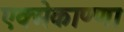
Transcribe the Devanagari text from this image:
एक्मेकाण्णा